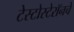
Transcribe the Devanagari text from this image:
टेस्टोस्टेरॉनचे